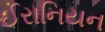
ઈરાનિયન